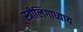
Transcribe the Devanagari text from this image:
स्त्रीलिंगाध्याय